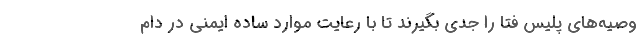
وصیه‌‌های پلیس فتا را جدی بگیرند تا با رعایت موارد ساده ایمنی در دام